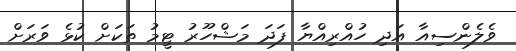
ވެލެންސިއާ އަދި ހުއްރިއްޔާ ފަދަ މަޝްހޫރު ޓީމު ތަކަށް ކުޅެ ވަރަށް